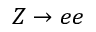
Z \to e e